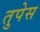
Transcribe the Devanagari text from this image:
तुपेस